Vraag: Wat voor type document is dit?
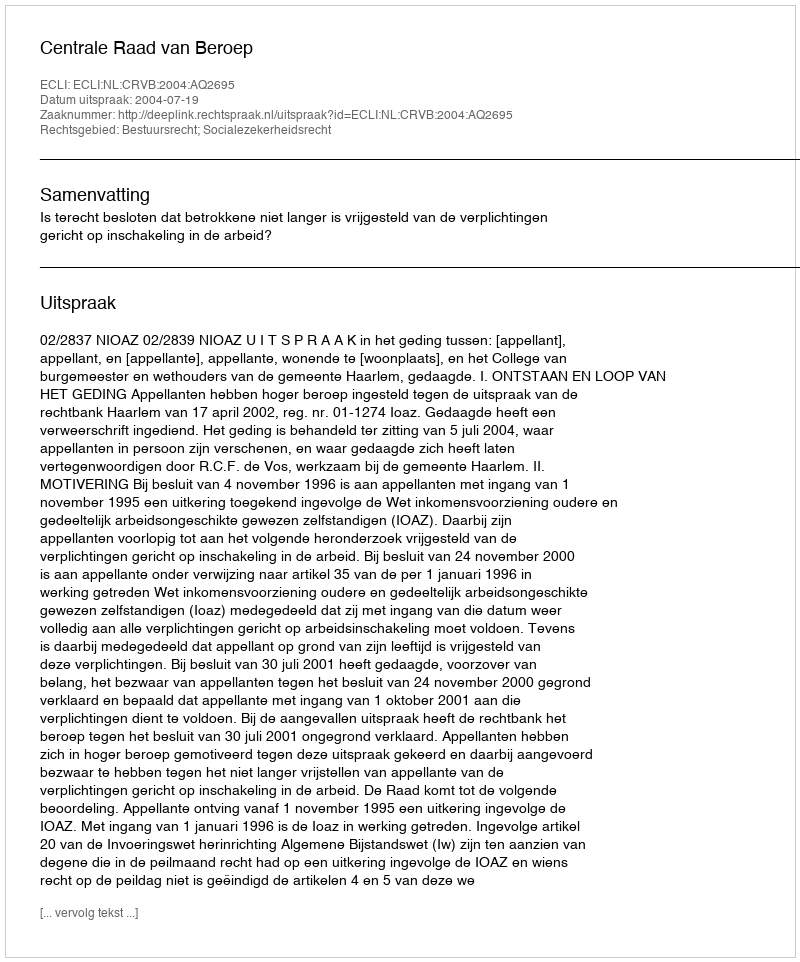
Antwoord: Uitspraak